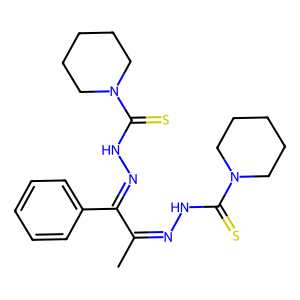
SMILES: CC(=NNC(=S)N1CCCCC1)C(=NNC(=S)N1CCCCC1)c1ccccc1
Inhibits HIV replication: No